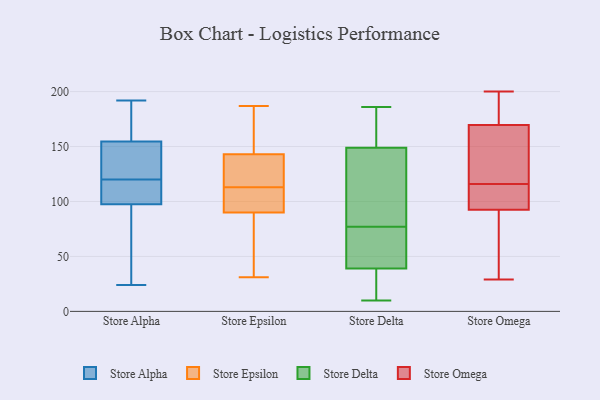
{"axis": {"x": "Website Visitors", "y": "Value"}, "legend": ["Store Alpha", "Store Delta", "Store Epsilon", "Store Omega"], "data": [{"x": "", "y": 34, "type": "Store Alpha"}, {"x": "", "y": 90, "type": "Store Alpha"}, {"x": "", "y": 24, "type": "Store Alpha"}, {"x": "", "y": 105, "type": "Store Alpha"}, {"x": "", "y": 188, "type": "Store Alpha"}, {"x": "", "y": 109, "type": "Store Alpha"}, {"x": "", "y": 163, "type": "Store Alpha"}, {"x": "", "y": 163, "type": "Store Alpha"}, {"x": "", "y": 113, "type": "Store Alpha"}, {"x": "", "y": 131, "type": "Store Alpha"}, {"x": "", "y": 106, "type": "Store Alpha"}, {"x": "", "y": 127, "type": "Store Alpha"}, {"x": "", "y": 137, "type": "Store Alpha"}, {"x": "", "y": 192, "type": "Store Alpha"}, {"x": "", "y": 36, "type": "Store Alpha"}, {"x": "", "y": 105, "type": "Store Alpha"}, {"x": "", "y": 162, "type": "Store Alpha"}, {"x": "", "y": 75, "type": "Store Alpha"}, {"x": "", "y": 147, "type": "Store Alpha"}, {"x": "", "y": 142, "type": "Store Alpha"}, {"x": "", "y": 128, "type": "Store Epsilon"}, {"x": "", "y": 113, "type": "Store Epsilon"}, {"x": "", "y": 44, "type": "Store Epsilon"}, {"x": "", "y": 174, "type": "Store Epsilon"}, {"x": "", "y": 141, "type": "Store Epsilon"}, {"x": "", "y": 78, "type": "Store Epsilon"}, {"x": "", "y": 187, "type": "Store Epsilon"}, {"x": "", "y": 149, "type": "Store Epsilon"}, {"x": "", "y": 94, "type": "Store Epsilon"}, {"x": "", "y": 98, "type": "Store Epsilon"}, {"x": "", "y": 116, "type": "Store Epsilon"}, {"x": "", "y": 106, "type": "Store Epsilon"}, {"x": "", "y": 31, "type": "Store Epsilon"}, {"x": "", "y": 15, "type": "Store Delta"}, {"x": "", "y": 186, "type": "Store Delta"}, {"x": "", "y": 83, "type": "Store Delta"}, {"x": "", "y": 71, "type": "Store Delta"}, {"x": "", "y": 184, "type": "Store Delta"}, {"x": "", "y": 19, "type": "Store Delta"}, {"x": "", "y": 165, "type": "Store Delta"}, {"x": "", "y": 53, "type": "Store Delta"}, {"x": "", "y": 39, "type": "Store Delta"}, {"x": "", "y": 10, "type": "Store Delta"}, {"x": "", "y": 143, "type": "Store Delta"}, {"x": "", "y": 149, "type": "Store Delta"}, {"x": "", "y": 60, "type": "Store Delta"}, {"x": "", "y": 145, "type": "Store Delta"}, {"x": "", "y": 176, "type": "Store Omega"}, {"x": "", "y": 107, "type": "Store Omega"}, {"x": "", "y": 72, "type": "Store Omega"}, {"x": "", "y": 146, "type": "Store Omega"}, {"x": "", "y": 200, "type": "Store Omega"}, {"x": "", "y": 100, "type": "Store Omega"}, {"x": "", "y": 29, "type": "Store Omega"}, {"x": "", "y": 82, "type": "Store Omega"}, {"x": "", "y": 96, "type": "Store Omega"}, {"x": "", "y": 116, "type": "Store Omega"}, {"x": "", "y": 171, "type": "Store Omega"}, {"x": "", "y": 144, "type": "Store Omega"}, {"x": "", "y": 169, "type": "Store Omega"}]}